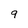
Character: 9